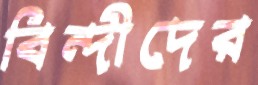
বিন্দীদের